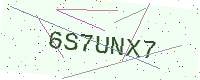
Text: 6S7UNX7